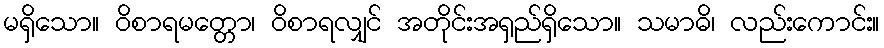
မရှိသော။ ဝိစာရမတ္တော၊ ဝိစာရလျှင် အတိုင်းအရှည်ရှိသော။ သမာဓိ၊ လည်းကောင်း။